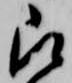
被